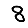
Digit: 8